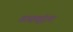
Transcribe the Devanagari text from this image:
वाद्यवृंदात